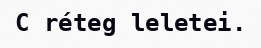
C réteg leletei.